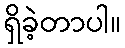
ရှိခဲ့တာပါ။